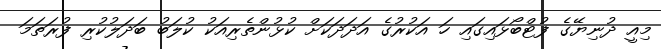
މިއީ ދުނިޔޭގެ ފުޓްބޯޅައިގައި ހަ އަކުރުގެ އަދަދަކަށް ކުޅުންތެރިއަކު ކުލަބު ބަދަލުކުރި ފުރަތަމަ